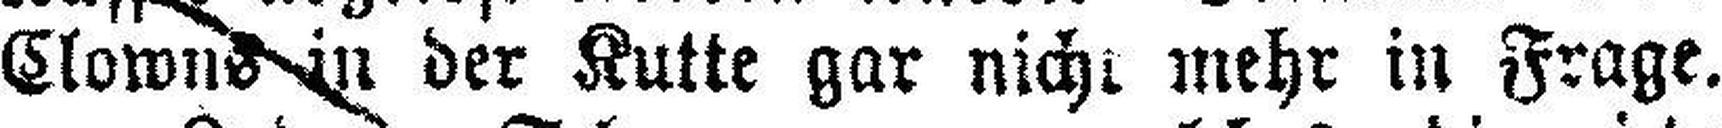
Clowns in der Kutte gar nicht mehr in Frage.